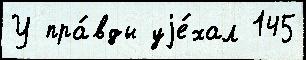
У пра́вды уjе́хал 145